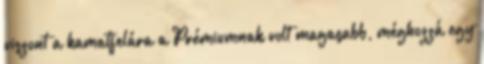
viszont a kamatfelára a Prémiumnak volt magasabb, méghozzá egy